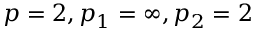
p = 2 , p _ { 1 } = \infty , p _ { 2 } = 2